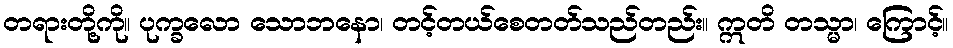
တရားတို့ကို။ ပုက္ခလော သောဘနော၊ တင့်တယ်စေတတ်သည်တည်း။ ဣတိ တသ္မာ၊ ကြောင့်။